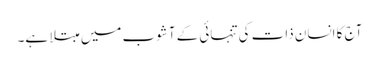
آج کا انسان ذات کی تنہائی کے آشوب میں مبتلا ہے۔